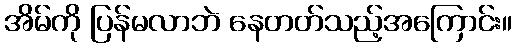
အိမ်ကို ပြန်မလာဘဲ နေတတ်သည့်အကြောင်း။